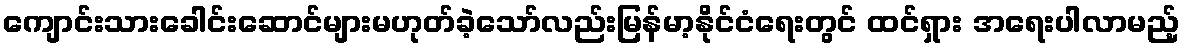
ကျောင်းသားခေါင်းဆောင်များမဟုတ်ခဲ့သော်လည်းမြန်မာ့နိုင်ငံရေးတွင် ထင်ရှား အရေးပါလာမည့်